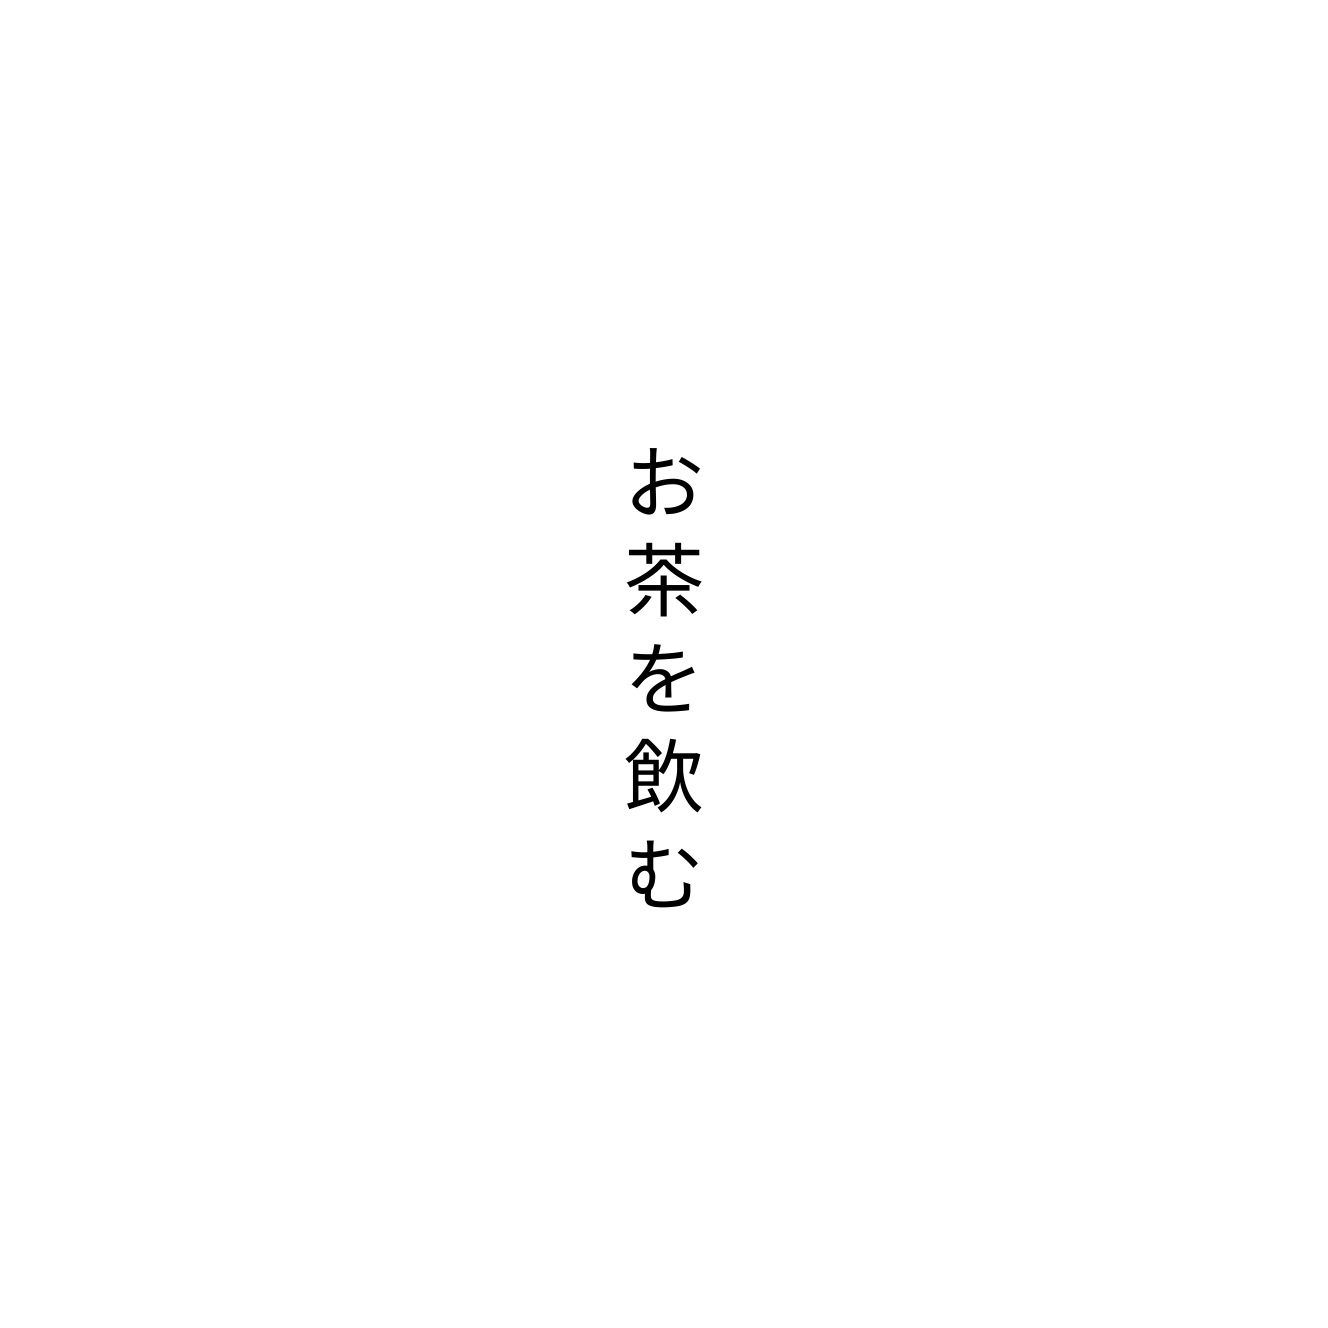
お茶を飲む